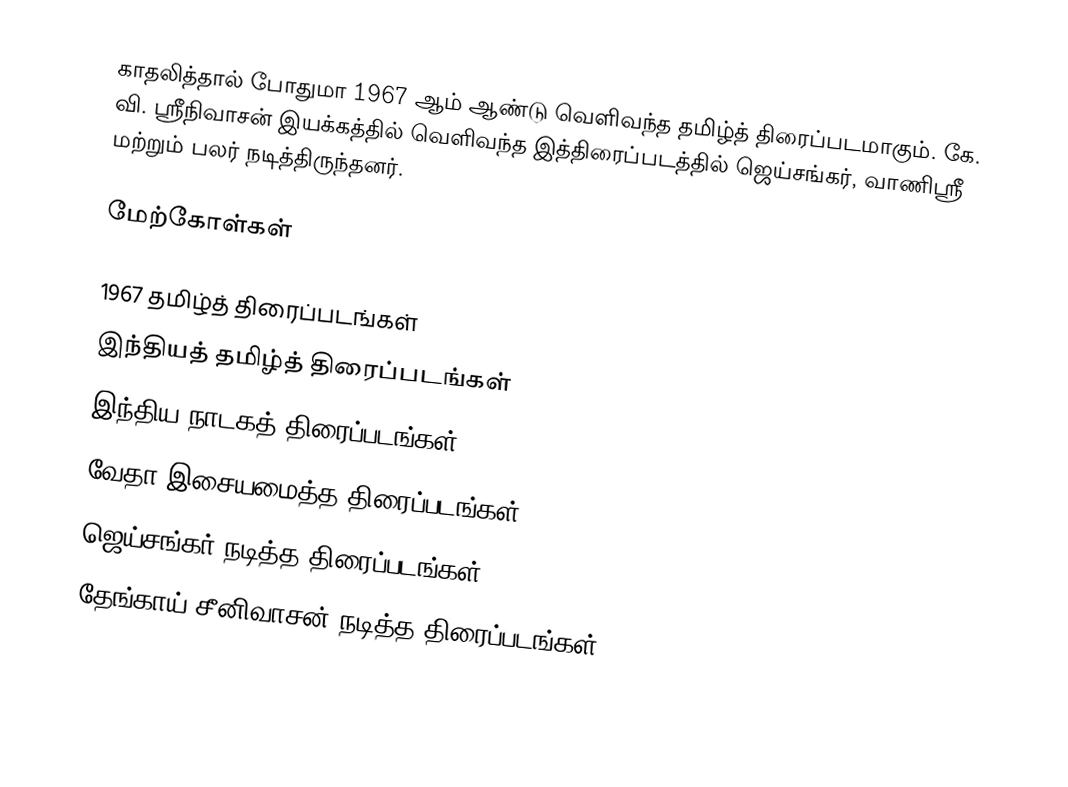
காதலித்தால் போதுமா 1967 ஆம் ஆண்டு வெளிவந்த தமிழ்த் திரைப்படமாகும். கே. வி. ஸ்ரீநிவாசன் இயக்கத்தில் வெளிவந்த இத்திரைப்படத்தில் ஜெய்சங்கர், வாணிஸ்ரீ மற்றும் பலர் நடித்திருந்தனர்.

மேற்கோள்கள்

1967 தமிழ்த் திரைப்படங்கள்
இந்தியத் தமிழ்த் திரைப்படங்கள்
இந்திய நாடகத் திரைப்படங்கள்
வேதா இசையமைத்த திரைப்படங்கள்
ஜெய்சங்கர் நடித்த திரைப்படங்கள்
தேங்காய் சீனிவாசன் நடித்த திரைப்படங்கள்